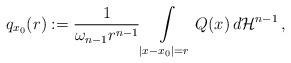
LaTeX: \begin{align*}q_{x_0}(r):=\frac{1}{\omega_{n-1}r^{n-1}}\int\limits_{|x-x_0|=r}Q(x)\,d\mathcal{H}^{n-1}\,,\end{align*}